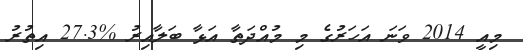
މިއީ 2014 ވަނަ އަހަރުގެ މި މުއްދަތާ އަޅާ ބަލާއިރު %27.3 އިތުރު